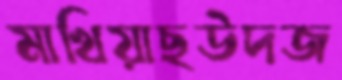
মাখিয়াছউদজ